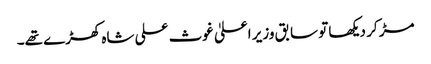
مڑ کر دیکھا تو سابق وزیر اعلیٰ غوث علی شاہ کھڑے تھے۔